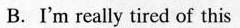
B.I'm really tired of this